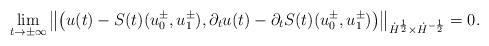
LaTeX: \begin{align*} \lim_{t \rightarrow \pm \infty} \left\|\left(u(t) - S(t)(u_0^\pm, u_1^\pm), \partial_t u(t) - \partial_t S(t)(u_0^\pm, u_1^\pm)\right)\right\|_{\dot{H}^{\frac{1}{2}} \times \dot{H}^{-\frac{1}{2}}} = 0. \end{align*}